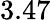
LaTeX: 3.47